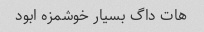
هات داگ بسیار خوشمزه ابود